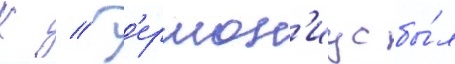
К // Г'ермон'иус бы́л